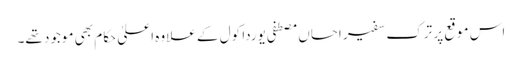
اس موقع پر ترک سفیر احساں مصطفی یوردا کول کے علاوہ اعلیٰ حکام بھی موجود تھے۔